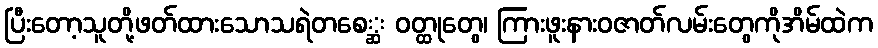
ပြီးတော့သူတို့ဖတ်ထားသောသရဲတစေ္ဆ ဝတ္ထုတွေ၊ ကြားဖူးနားဝဇာတ်လမ်းတွေကိုအိမ်ထဲက